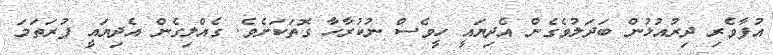
އުފާވެރި ދިރުއުޅުން ބަދަލުވެގެން އެދިޔައީ ހީވެސް ނުކުރާހާ ގޮތަކަށެެވެ. ގެއްލިގެން އެދިޔައީ ފުރަތަމަ